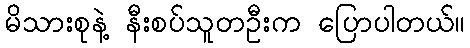
မိသားစုနဲ့ နီးစပ်သူတဦးက ပြောပါတယ်။